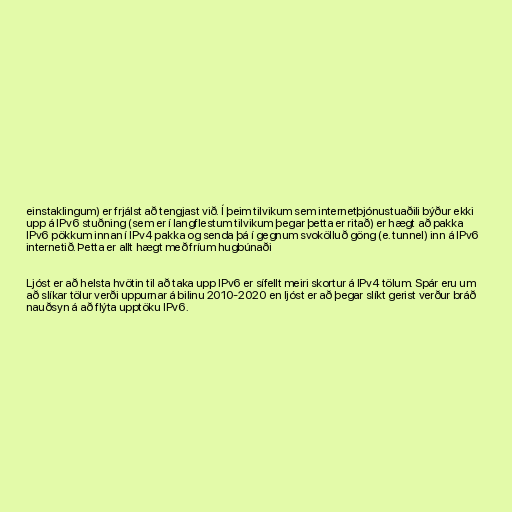
einstaklingum) er frjálst að tengjast við. Í þeim tilvikum sem internetþjónustuaðili býður ekki
upp á IPv6 stuðning (sem er í langflestum tilvikum þegar þetta er ritað) er hægt að pakka
IPv6 pökkum innan í IPv4 pakka og senda þá í gegnum svokölluð göng (e. tunnel) inn á IPv6
internetið. Þetta er allt hægt með fríum hugbúnaði

Ljóst er að helsta hvötin til að taka upp IPv6 er sífellt meiri skortur á IPv4 tölum. Spár eru um
að slíkar tölur verði uppurnar á bilinu 2010-2020 en ljóst er að þegar slíkt gerist verður bráð
nauðsyn á að flýta upptöku IPv6.